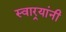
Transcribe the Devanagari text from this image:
स्वार्‍यांनी